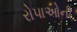
રોપાઓની